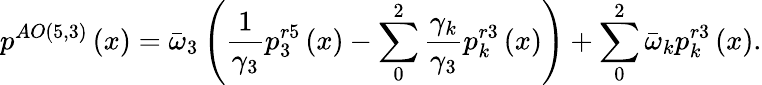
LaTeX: {{p}^{AO\left(5,3\right)}}\left(x\right)={{\bar{\omega}}_{3}}\left(\frac{1}{{{\gamma}_{3}}}p_{3}^{r5}\left(x\right)-\sum_{0}^{2}{\frac{{{\gamma}_{k}}}{{{\gamma}_{3}}}p_{k}^{r3}\left(x\right)}\right)+\sum_{0}^{2}{{{{\bar{\omega}}}_{k}}p_{k}^{r3}\left(x\right)}.